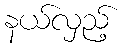
နယ်လှည့်